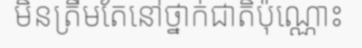
មិនត្រឹមតែនៅថ្នាក់ជាតិប៉ុណ្ណោះ